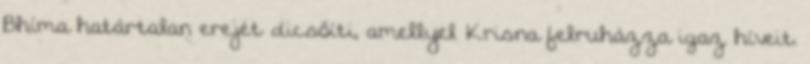
Bhíma határtalan erejét dicsőíti, amellyel Krisna felruházza igaz híveit.